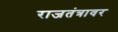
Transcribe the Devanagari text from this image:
राजतंत्रावर